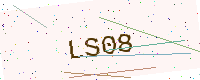
Text: LS08